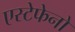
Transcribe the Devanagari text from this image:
एस्टेफेनो